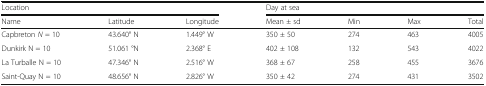
<table><thead><tr><td colspan="3"><b>Location</b></td><td colspan="4"><b>Day at sea</b></td></tr><tr><td><b>Name</b></td><td><b>Latitude</b></td><td><b>Longitude</b></td><td><b>Mean ± sd</b></td><td><b>Min</b></td><td><b>Max</b></td><td><b>Total</b></td></tr></thead><tbody><tr><td>Capbreton <i>N</i> = 10</td><td>43.640° N</td><td>1.449° W</td><td>350 ± 50</td><td>274</td><td>463</td><td>4005</td></tr><tr><td>Dunkirk N = 10</td><td>51.061 °N</td><td>2.368° E</td><td>402 ± 108</td><td>132</td><td>543</td><td>4022</td></tr><tr><td>La Turballe N = 10</td><td>47.346° N</td><td>2.516° W</td><td>368 ± 67</td><td>258</td><td>455</td><td>3676</td></tr><tr><td>Saint-Quay N = 10</td><td>48.656° N</td><td>2.826° W</td><td>350 ± 42</td><td>274</td><td>431</td><td>3502</td></tr></tbody></table>